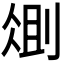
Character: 𫦆